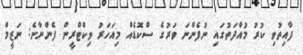
ފާއިތުވި ކުރު މުއްދަތުގައި ނުފެންނަ ވަރުގެ ސްކޮޑެއް މިއަހަރު ވިކްޓްރީން ފެންނާނެ: ނަޒީމް